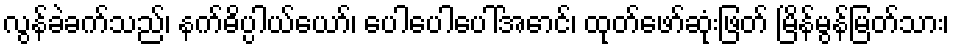
လွန်ခဲခက်သည်၊ နက်ဓိပ္ပါယ်ယော်၊ ပေါပေါပေါ်အောင်၊ ထုတ်ဖော်ဆုံးဖြတ် မြိန်မွန်မြတ်သား၊